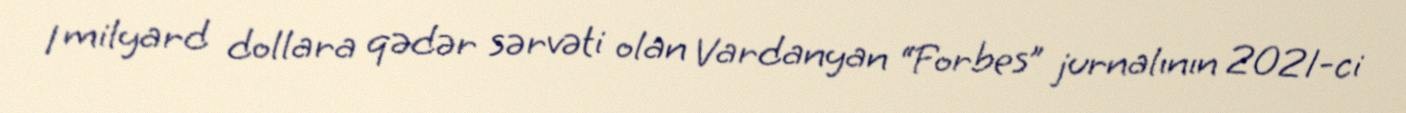
1 milyard dollara qədər sərvəti olan Vardanyan “Forbes” jurnalının 2021-ci